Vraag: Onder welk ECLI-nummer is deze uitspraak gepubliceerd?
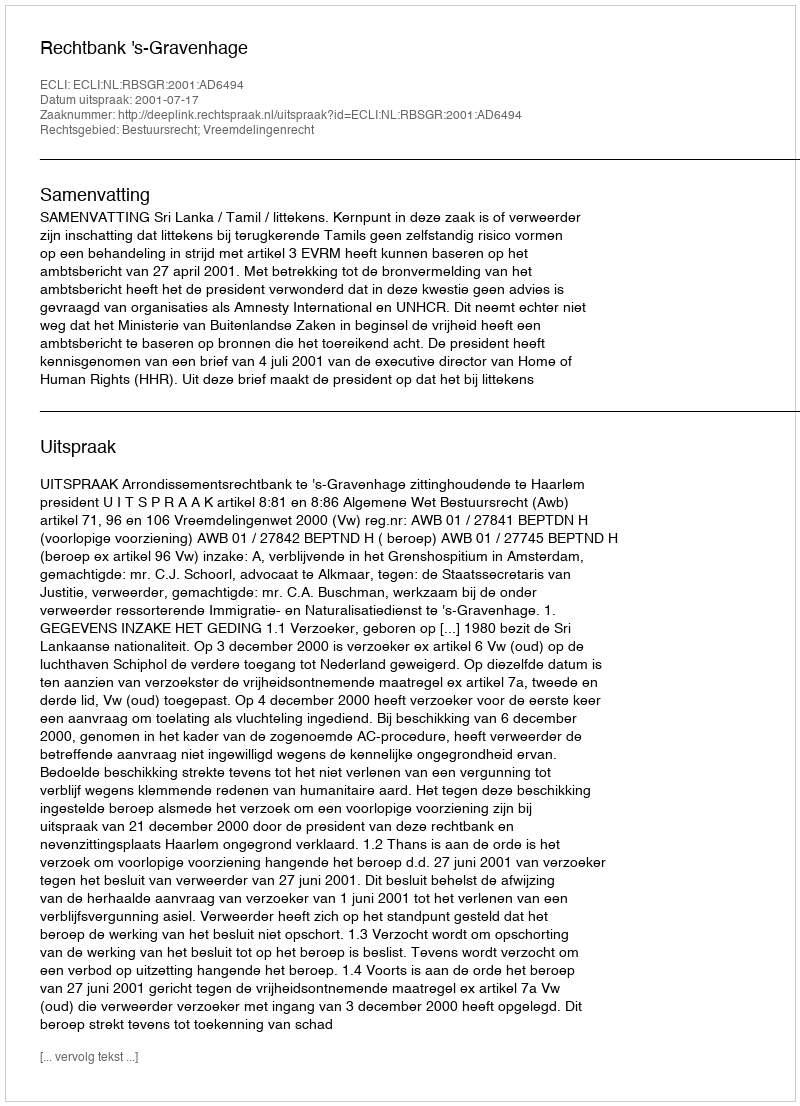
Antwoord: ECLI:NL:RBSGR:2001:AD6494